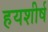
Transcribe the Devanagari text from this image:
हयशीर्ष